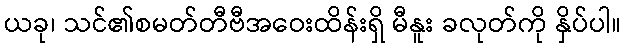
ယခု၊ သင်၏စမတ်တီဗီအဝေးထိန်းရှိ မီနူး ခလုတ်ကို နှိပ်ပါ။